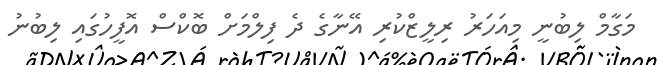
މަގާމް ލިބުނީ މިއަހަރު ރިލީޒްކުރި އޭނާގެ ދެ ފިލްމަށް ބޮކްސް އޮފީހުގައި ލިބުނު